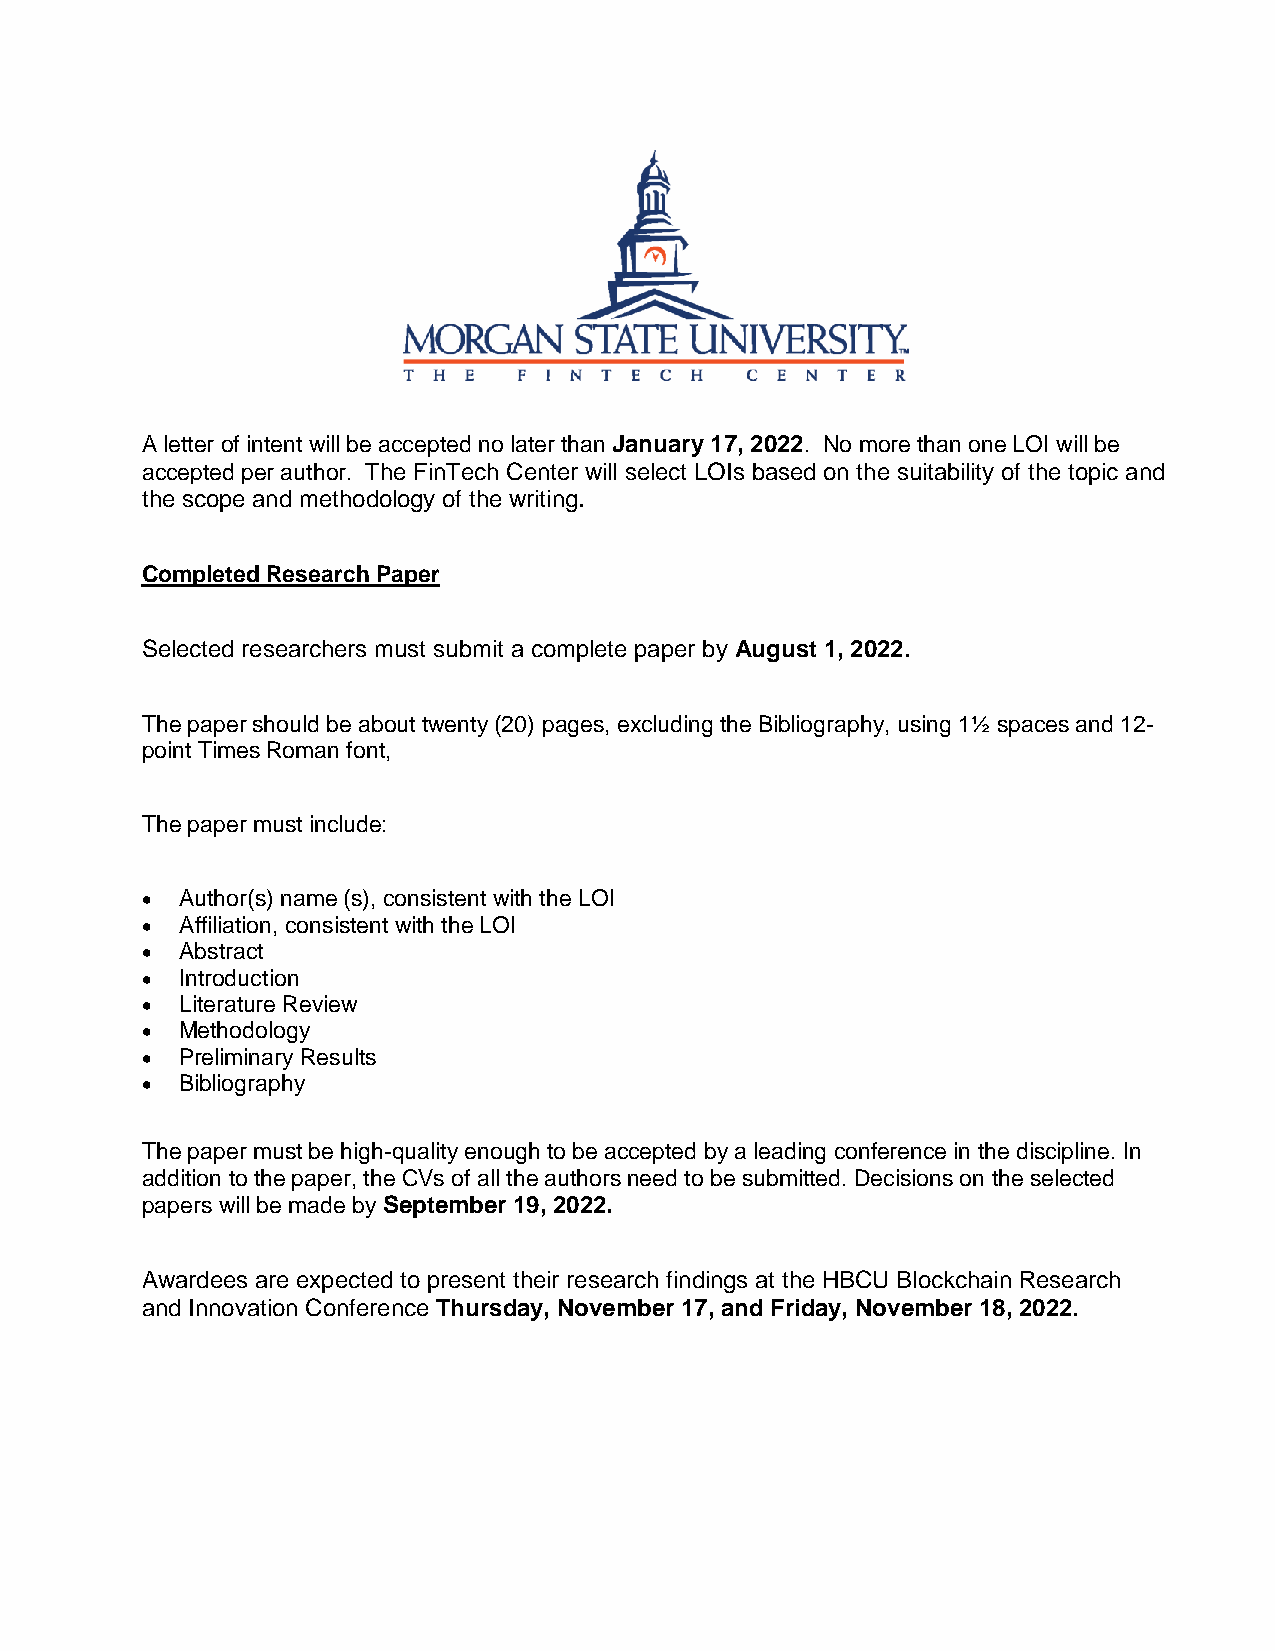
A letter of intent will be accepted no later than January 17, 2022. No more than one LOI will be
 accepted per author. The FinTech Center will select LOIs based on the suitability of the topic and
 the scope and methodology of the writing.
 Completed Research Paper
 Selected researchers must submit a complete paper by August 1, 2022.
 The paper should be about twenty (20) pages, excluding the Bibliography, using 1½ spaces and 12-
 point Times Roman font,
 The paper must include:
 •  Author(s) name (s), consistent with the LOI
 •  Affiliation, consistent with the LOI
 •  Abstract
 •  Introduction
 •  Literature Review
 •  Methodology
 •  Preliminary Results
 •  Bibliography
 The paper must be high-quality enough to be accepted by a leading conference in the discipline. In
 addition to the paper, the CVs of all the authors need to be submitted. Decisions on the selected
 papers will be made by September 19, 2022.
 Awardees are expected to present their research findings at the HBCU Blockchain Research
 and Innovation Conference Thursday, November 17, and Friday, November 18, 2022.